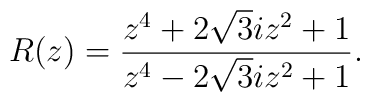
R(z)=\frac{z^4+2\sqrt{3}iz^2+1}{z^4-2\sqrt{3}iz^2+1}.